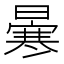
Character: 𠘗